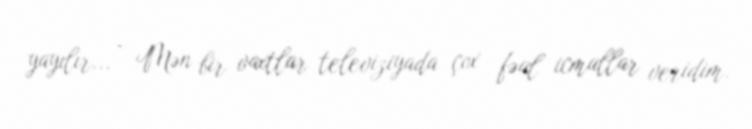
yayılır... - Mən bir vaxtlar televiziyada çox fəal icmallar veridim.